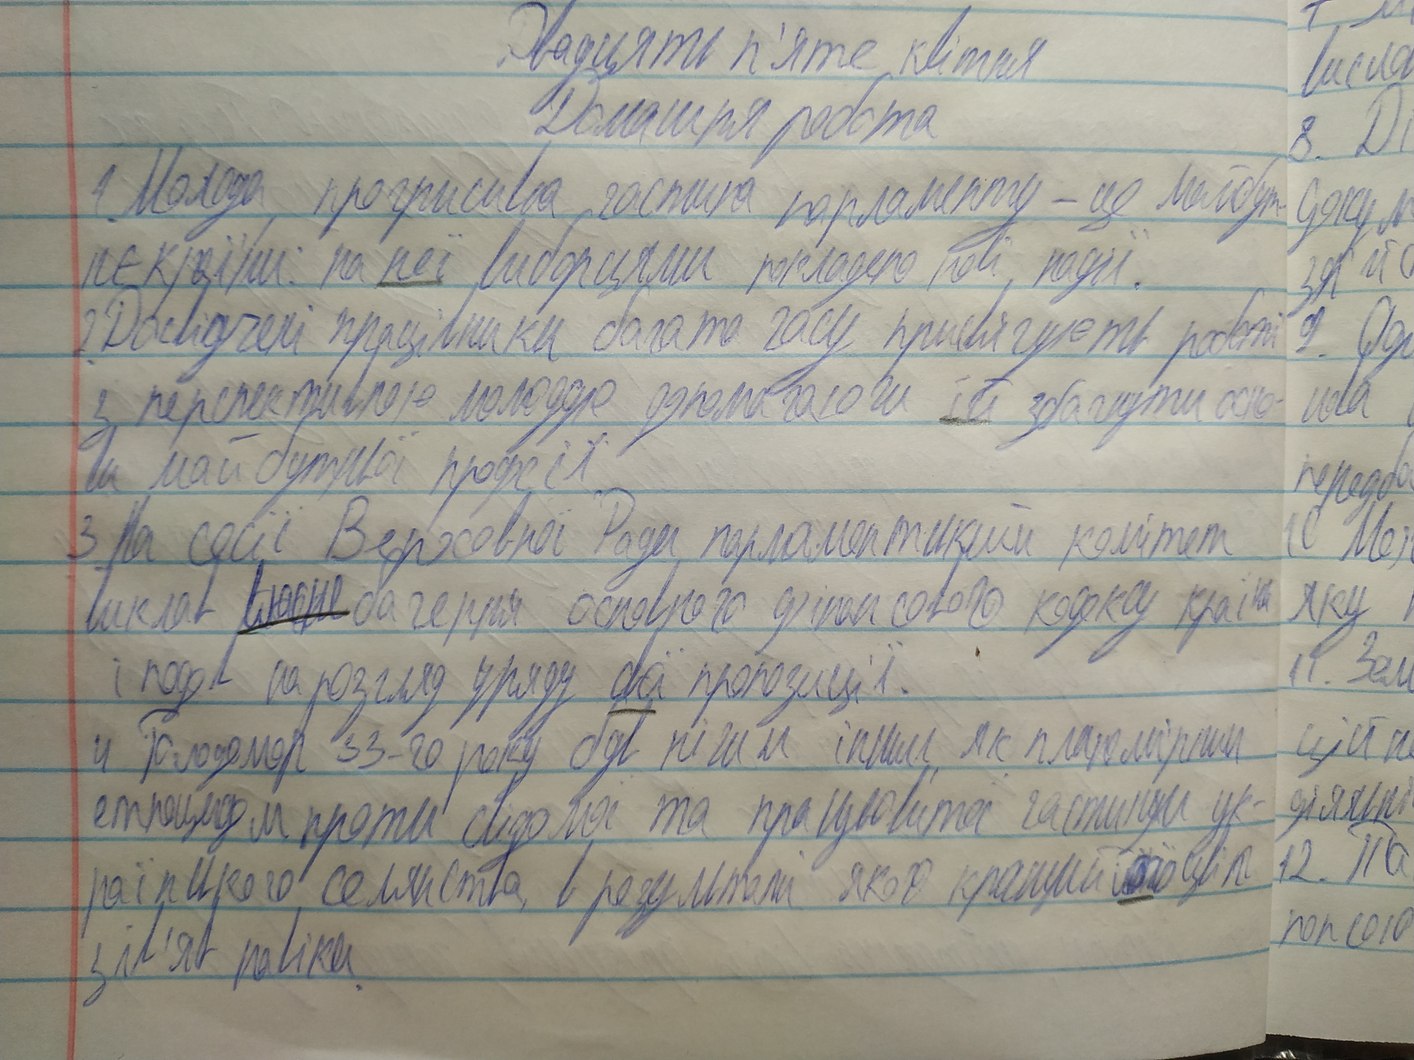
Двадцять п'яте квітня
висла
Домашня робота
8.Ді
1 Молода, прогрисивна частина парламенту - це майбут-
дякую
нє країни: на неї виборцями покладено нові події.
зя йо
2. Досвідчені пацівники багато часу присвячують роботі
9. Оф
нова
з перспективною молодю допомогаючи їй здабути осно-
ви майбутньої професії
передба
3. На сесії Верховної Ради парламенський комітет
10. Ме
виклав власне бачення основного фінансового кодексу країни
яку
11. Зем
і подал на розгляд уряду своєї пропозиції
4. Голодомор 33-го року був нічим іншим, як планомірним
ційн
геноцидом проти свідомої та працьовитої частини ук-
діяльні
12. Па
раїнського селянства, в результаті якого кращий [Illegible]
зів'яв навіки.
попсою